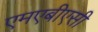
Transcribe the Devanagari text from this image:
एमएबीएसी